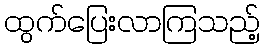
ထွက်ပြေးလာကြသည့်